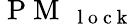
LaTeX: \mathrm{~P~M~}_{\mathrm{~{~l~o~c~k~}~}}